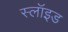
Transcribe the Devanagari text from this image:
स्लॉइड